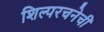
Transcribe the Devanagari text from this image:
शिल्परचनेची